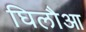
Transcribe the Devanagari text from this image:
घिलौआ